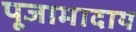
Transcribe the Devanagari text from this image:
पूजामादाय